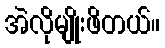
အဲလိုမျိုးဖိတယ်။